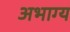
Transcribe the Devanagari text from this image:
अभाग्य